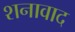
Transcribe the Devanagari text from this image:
शनावाद